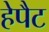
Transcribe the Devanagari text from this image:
हेपैट